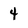
Character: 4